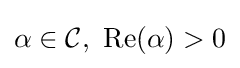
\alpha \in {\mathcal {C}},\ \operatorname {Re} (\alpha )>0